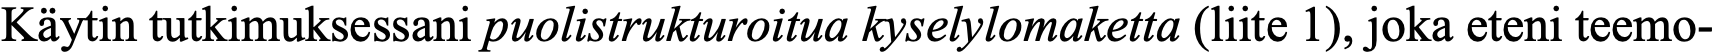
Käytin tutkimuksessani puolistrukturoitua kyselylomaketta (liite 1), joka eteni teemo-